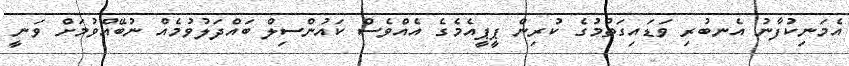
އެމަނިކުފާނު އެނބުރި ވަޑައިގަތުމުގެ ކުރިން ޕީޕީއެމެގެ އެއްވެސް ކައުންސިލް ބައްދަލުވުމެއް ނުބޭއްވުމަށް ވަނީ